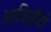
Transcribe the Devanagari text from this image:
आकिहीटो